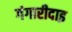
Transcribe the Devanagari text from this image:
गंगारीदाइ